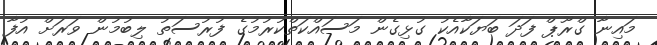
މައިނާ ގްރޫޕް ފަދަ ބަޔަކާއެކު ގުޅިގެން މަސައްކަތްކުރުމުގެ ފުރުސަތު ލިބުމުން ވަރަށް އުފާ